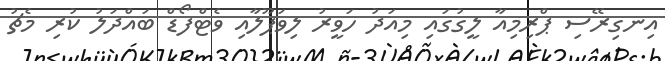
އިނގިރޭސި ޕްރިމިއާ ލީގުގައި މިއަދު ހަވީރު ލިވަޕޫލާއި ވެޓްފޯޑް ބައްދަލު ކުރި މެޗު